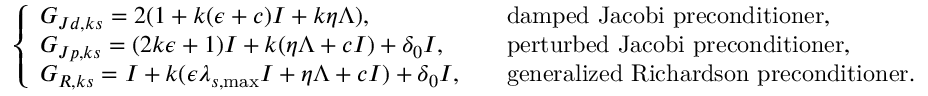
\left\{ \begin{array} { l l } { G _ { J d , k s } = 2 ( 1 + k ( \epsilon + c ) I + k \eta \Lambda ) , \quad } & { \mathrm { d a m p e d ~ J a c o b i ~ p r e c o n d i t i o n e r } , } \\ { G _ { J p , k s } = ( 2 k \epsilon + 1 ) I + k ( \eta \Lambda + c I ) + \delta _ { 0 } I , \quad } & { \mathrm { p e r t u r b e d ~ J a c o b i ~ p r e c o n d i t i o n e r } , } \\ { G _ { R , k s } = I + k ( \epsilon \lambda _ { s , \operatorname* { m a x } } I + \eta \Lambda + c I ) + \delta _ { 0 } I , \quad } & { \mathrm { g e n e r a l i z e d ~ R i c h a r d s o n ~ p r e c o n d i t i o n e r } . } \end{array} \right.